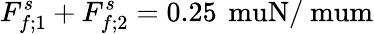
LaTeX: F_{f;1}^{s}+F_{f;2}^{s}=0.25\, \mathrm{\ muN/\ mum}